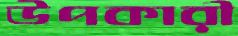
উপকারী